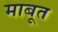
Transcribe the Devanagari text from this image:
माबूत